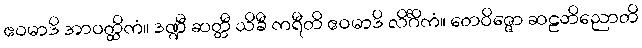
ဧဝမာဒိ အာဝတ္ထိကံ။ ဒဏ္ဍီ ဆတ္တီ သိခီ ကရီတိ ဧဝမာဒိ လိင်္ဂိကံ။ တေဝိဇ္ဇော ဆဠဘိညောတိ